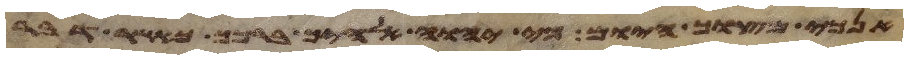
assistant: אנכי מצוך היום כי יהוה אלהיך ברכך כאשר דבר